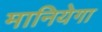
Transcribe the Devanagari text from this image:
मानियेगा